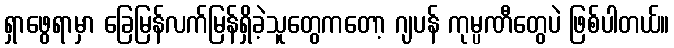
ရှာဖွေရာမှာ ခြေမြန်လက်မြန်ရှိခဲ့သူတွေကတော့ ဂျပန် ကုမ္ပဏီတွေပဲ ဖြစ်ပါတယ်။